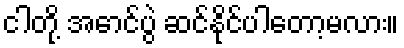
ငါတို့ အောင်ပွဲ ဆင်နိုင်ပါတော့မလား။